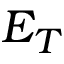
E _ { T }